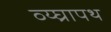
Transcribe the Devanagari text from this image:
व्य्घ्रापथ